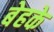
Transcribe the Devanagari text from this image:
बेहके